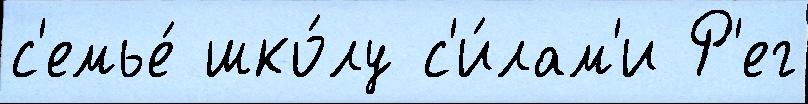
с'емье́ шко́лу с'и́лам'и Р'ег